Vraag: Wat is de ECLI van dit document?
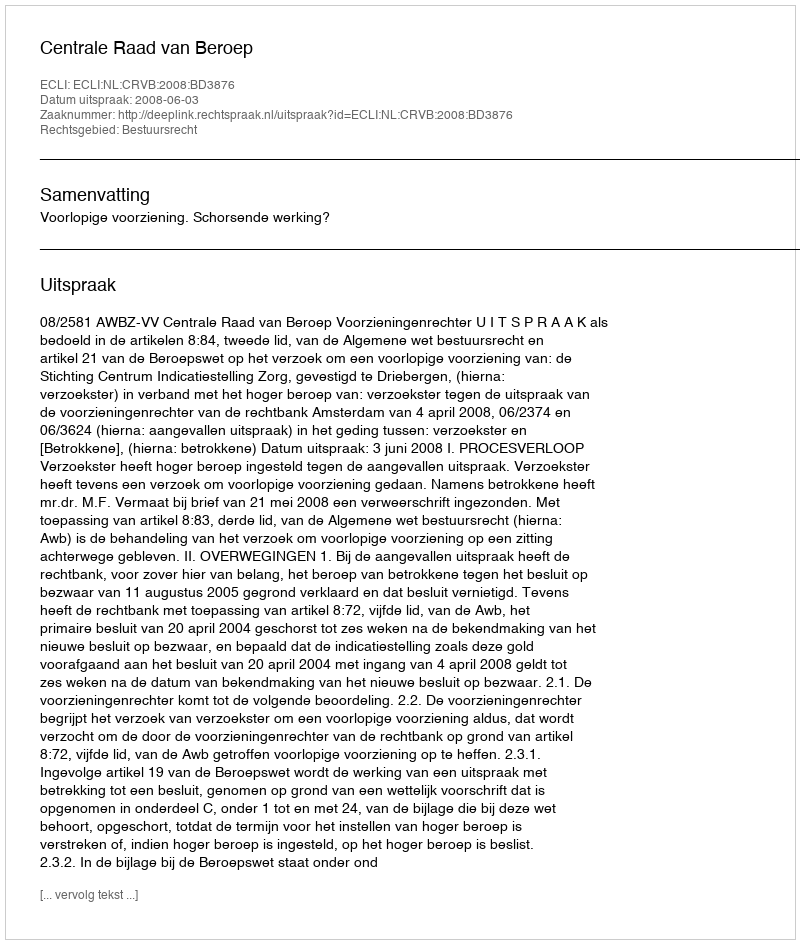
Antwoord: ECLI:NL:CRVB:2008:BD3876